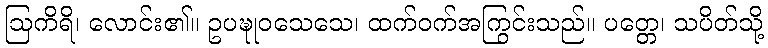
ဩကိရိ၊ လောင်း၏။ ဥပဍ္ဎုဝသေသေ၊ ထက်ဝက်အကြွင်းသည်။ ပတ္တေ၊ သပိတ်သို့